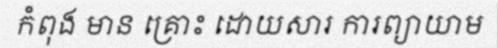
កំពុង មាន គ្រោះ ដោយសារ ការព្យាយាម